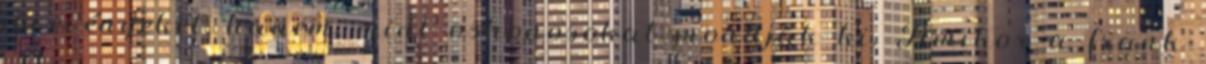
jövevényeket, hanem, mint oshonosokat mondják ki. Amikor a frank